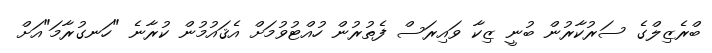
ބްރެޒިލްގެ ސަރުކާރުން ބުނީ ޒިކާ ވައިރަސް ފެތުރުން ހުއްޓުވުމަށް އެޤައުމުން ކުރާނެ "ހަނގުރާމަ"އަށް